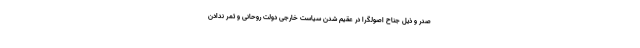
صدر و ذیل جناح اصولگرا در عقیم شدن سیاست خارجی دولت روحانی و ثمر ندادن